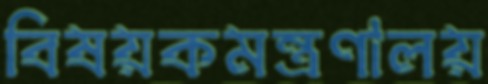
বিষয়কমন্ত্রণালয়